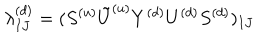
LaTeX: \lambda _ { I J } ^ { ( d ) } = ( S ^ { ( u ) } { \tilde { U } ^ { ( u ) } } Y ^ { ( d ) } U ^ { ( d ) } S ^ { ( d ) } ) _ { I J }